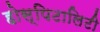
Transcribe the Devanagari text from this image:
होस्पिटालिटी